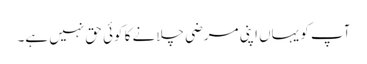
آپ کو یہاں اپنی مرضی چلانے کا کوئی حق نہیں ہے۔